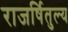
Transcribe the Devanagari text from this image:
राजर्षितुल्य